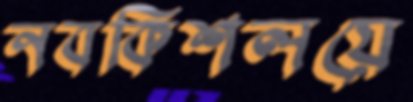
নবকিশলয়ে